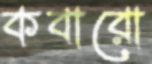
কবারো